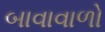
બાવાવાળો